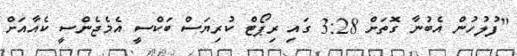
"ފުލުހުން އެބުނާ ގޮތަށް 3:28 ގައި ރިޕޯޓް ކުރިޔަސް ބަކްސީ އެމެޖެންސީ ކެއާއަށް